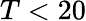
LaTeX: T<20